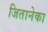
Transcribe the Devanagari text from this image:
जितानेका